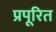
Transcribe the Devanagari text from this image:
प्रपूरित